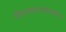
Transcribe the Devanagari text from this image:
जैवरसायनशास्त्रातील